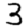
Digit: 3